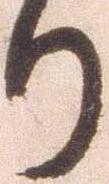
り